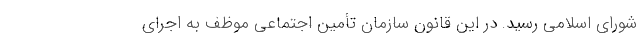
شورای اسلامی رسید. در این قانون سازمان تأمین اجتماعی موظف به اجرای